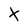
Character: X